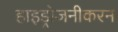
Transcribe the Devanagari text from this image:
हाइड्रोजनीकरन